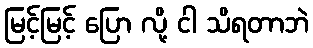
မြင့်မြင့် ပြော လို့ ငါ သိရတာဘဲ